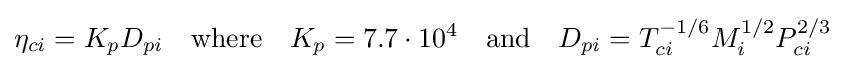
\eta _{ci}=K_{p}D_{pi}\quad {\text{where}}\quad K_{p}=7.7\cdot 10^{4}\quad {\text{and}}\quad D_{pi}=T_{ci}^{-1/6}M_{i}^{1/2}P_{ci}^{2/3}